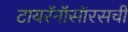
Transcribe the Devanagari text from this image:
टायरॅनॉसॉरसची